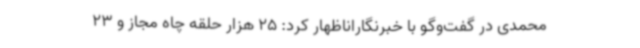
محمدی در گفت‌وگو با خبرنگاراناظهار کرد: 25 هزار حلقه چاه مجاز و 23